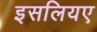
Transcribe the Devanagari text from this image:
इसलियए